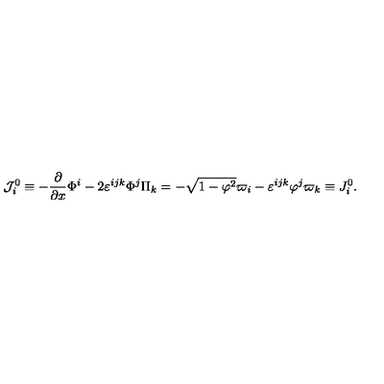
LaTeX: { \cal J } _ { i } ^ { 0 } \equiv - \frac \partial { \partial x } \Phi ^ { i } - 2 \varepsilon ^ { i j k } \Phi ^ { j } \Pi _ { k } = - \sqrt { 1 - { \varphi } ^ { 2 } } \varpi _ { i } - \varepsilon ^ { i j k } \varphi ^ { j } \varpi _ { k } \equiv J _ { i } ^ { 0 } .